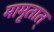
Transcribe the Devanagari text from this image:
मामृतात्‌